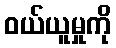
ဝယ်ယူမှုကို